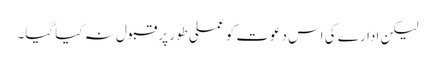
لیکن ادارے کی اس دعوت کو عملی طور پر قبول نہ کیا گیا۔